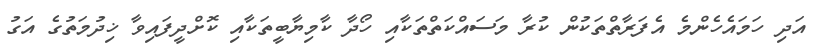
އަދި ހަމައެހެންމެ އެފަރާތްތަކުން ކުރާ މަސައްކަތްތަކާއި ހޯދާ ކާމިޔާބީތަކާއި ކޮށްދީފައިވާ ޚިދުމަތުގެ އަގު